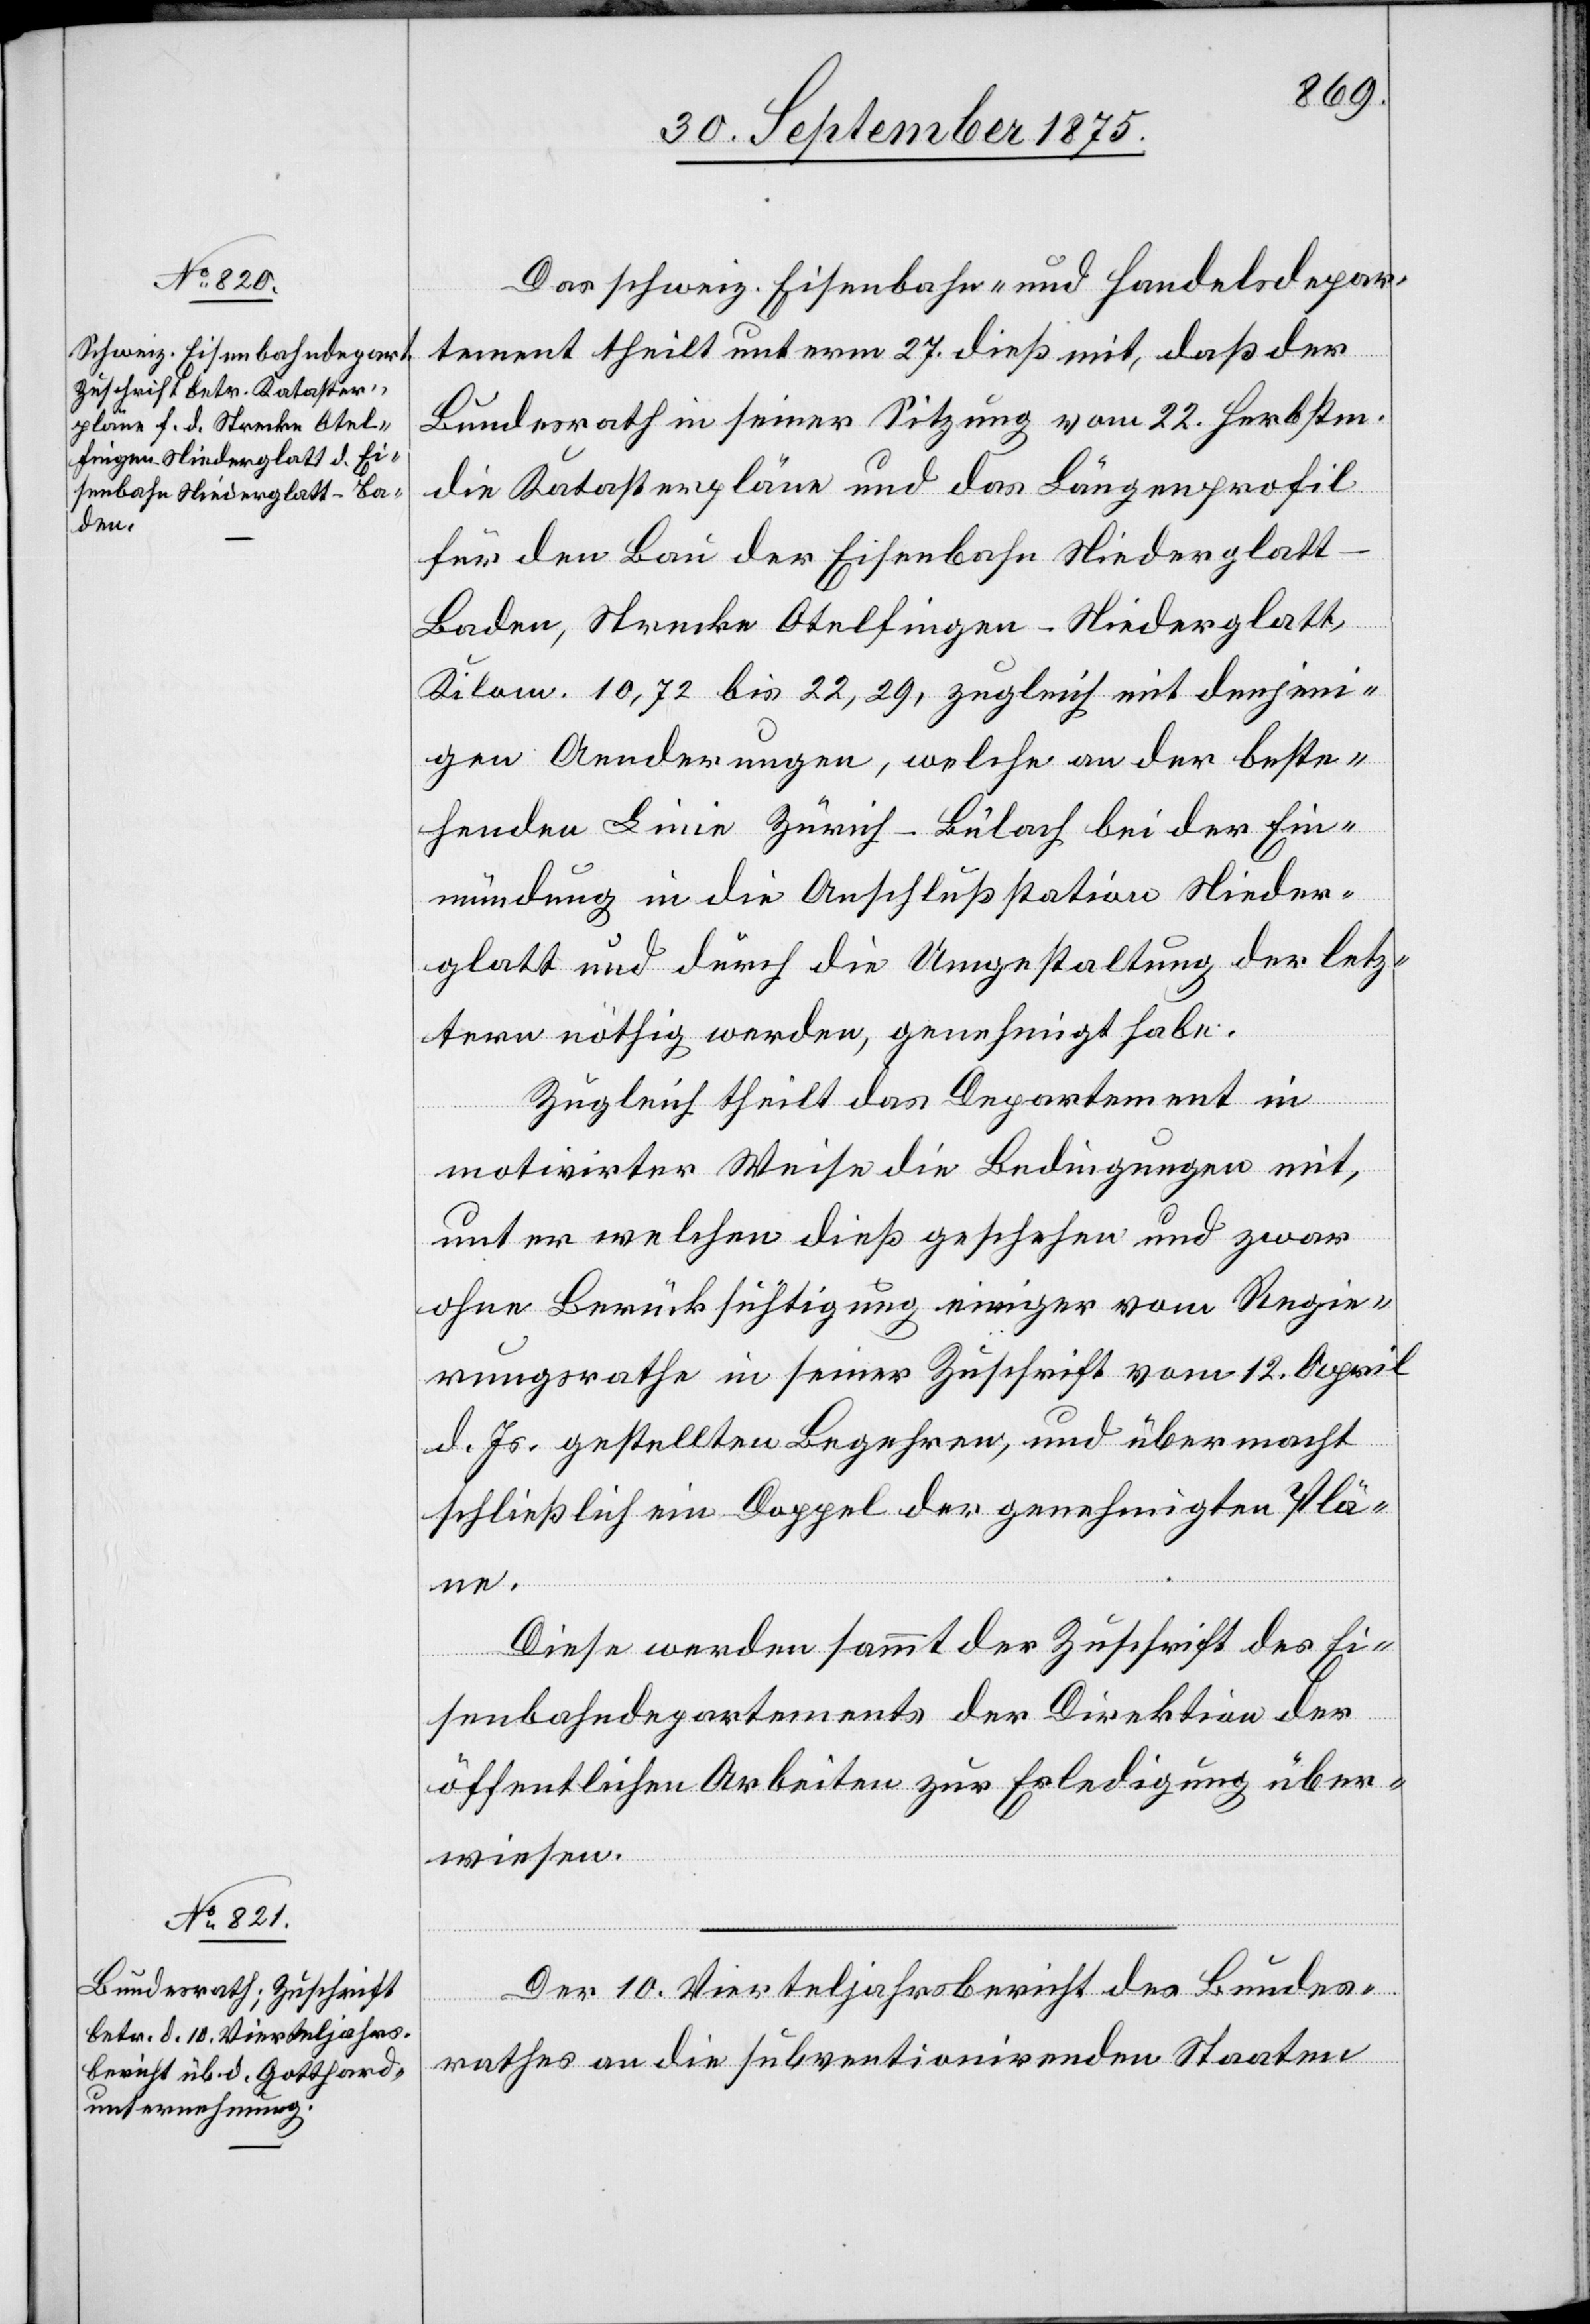
Das schweiz. Eisenbahn- und Handelsdepar¬
tement theilt unterm 27. dieß mit, daß der
Bundesrath in seiner Sitzung vom 22. Herbstm.
die Katasterpläne und das Längenprofil
für den Bau der Eisenbahn Niederglat¬
t–Baden, Strecke Otelfingen–Niederglatt,
Kilom. 10,72 bis 22,29, zugleich mit denjeni¬
gen Aenderungen, welche an der beste¬
henden Linie Zürich–Bülach bei der Ein¬
mündung in die Anschlußstation Nieder¬
glatt und durch die Umgestaltung der letz¬
tern nöthig werden, genehmigt habe.
Zugleich theilt das Departement in
motivirter Weise die Bedingungen mit,
unter welchen dieß geschehen und zwar
ohne Berücksichtigung einiger vom Regie¬
rungsrathe in seiner Zuschrift vom 12. April
d. Js. gestellten Begehren, und übermacht
schließlich ein Doppel der genehmigten Plä¬
ne.
Diese werden sammt der Zuschrift des Ei¬
senbahndepartements der Direktion der
öffentlichen Arbeiten zur Erledigung über¬
wiesen.
Der 10. Vierteljahrsbericht des Bundes¬
rathes an die subventionirenden Staaten